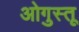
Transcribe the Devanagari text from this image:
ओगुस्तू